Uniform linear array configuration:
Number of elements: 32
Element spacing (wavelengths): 0.75
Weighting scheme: cosine
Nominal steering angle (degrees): -60
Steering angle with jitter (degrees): -58.17
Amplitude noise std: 0.05
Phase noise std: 0.05

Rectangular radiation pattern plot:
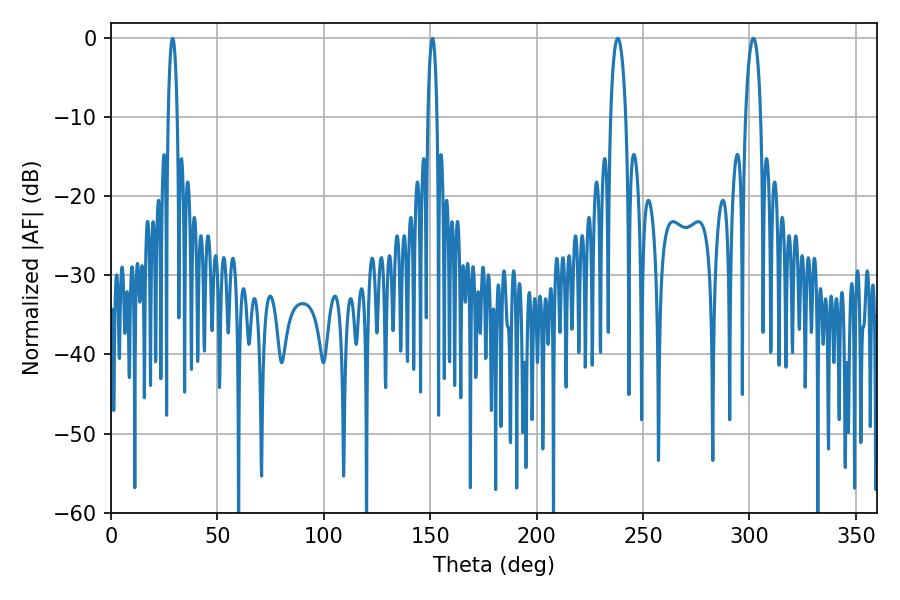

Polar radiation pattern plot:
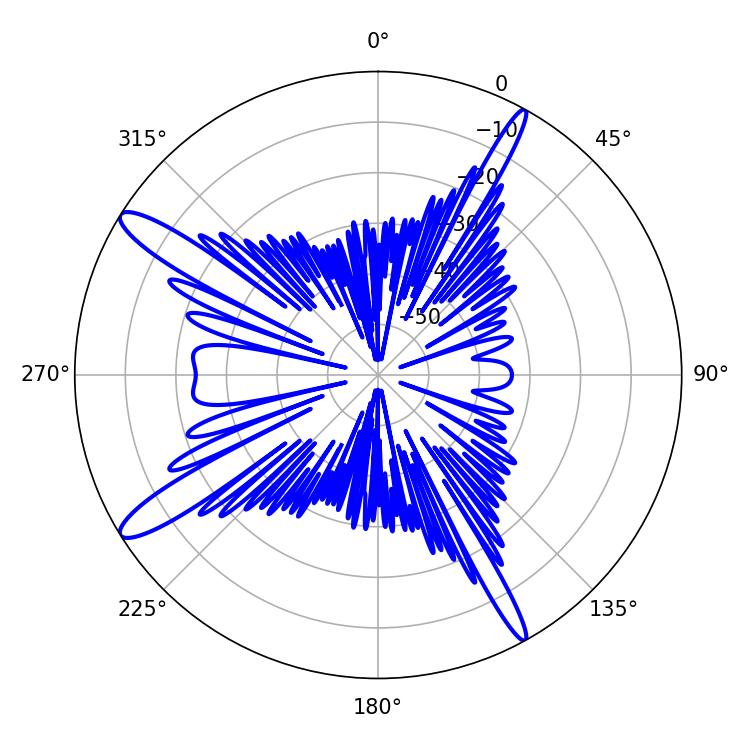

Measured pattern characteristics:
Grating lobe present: TRUE
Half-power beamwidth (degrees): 3.96
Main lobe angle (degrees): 238.14